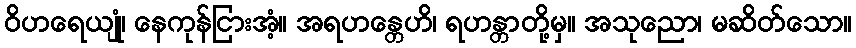
ဝိဟရေယျုံ၊ နေကုန်ငြားအံ့။ အရဟန္တေဟိ၊ ရဟန္တာတို့မှ။ အသုညော၊ မဆိတ်သော။